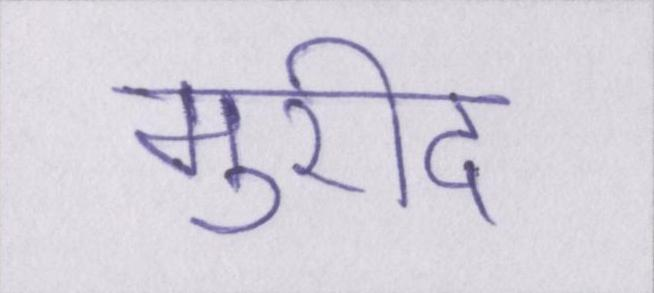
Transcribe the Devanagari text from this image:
मुरीद